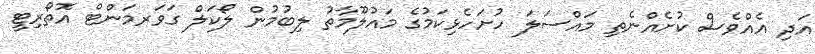
އަދި އެއްވެސް ކުށެއްނެތި މައްސަލަ ހުށަހެޅިކަމުގެ މައުލޫމާތު ލިބުމުން ލޯކަލް ގަވަރމަންޓް އޮތޯރިޓީ